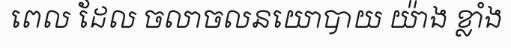
ពេល ដែល ចលាចលនយោបាយ យ៉ាង ខ្លាំង